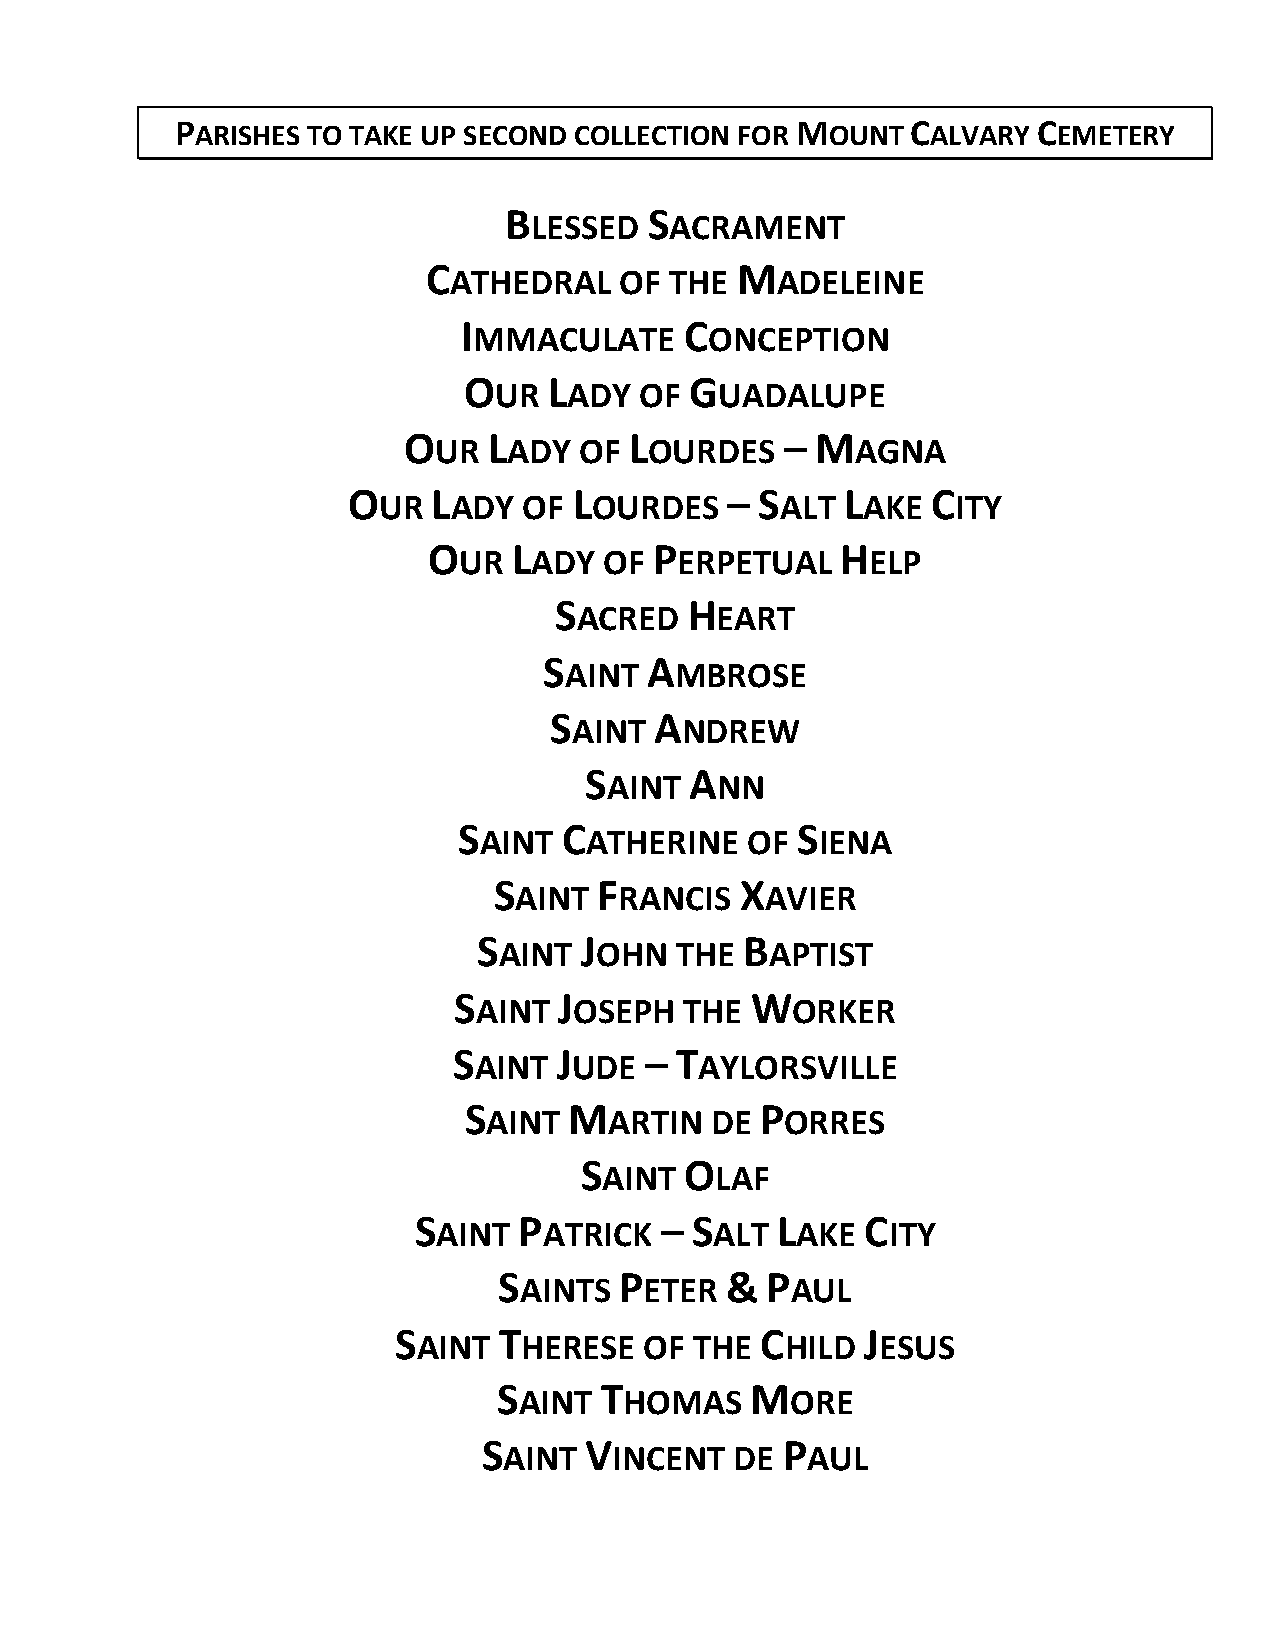
PARISHES TO TAKE UP SECOND COLLECTION FOR MOUNT CALVARY  CEMETERY
 B         S
 LESSED   ACRAMENT
 C                    M
 ATHEDRAL   OF THE    ADELEINE
 I             C
 MMACULATE       ONCEPTION
 O    L         G
 UR   ADY OF    UADALUPE
 O    L         L         – M
 UR   ADY OF   OURDES        AGNA
 O     L        L         – S     L     C
 UR   ADY  OF  OURDES       ALT  AKE   ITY
 O     L        P            H
 UR   ADY  OF   ERPETUAL     ELP
 S        H
 ACRED    EART
 S      A
 AINT    MBROSE
 S      A
 AINT   NDREW
 S      A
 AINT   NN
 S      C               S
 AINT   ATHERINE  OF   IENA
 S      F        X
 AINT   RANCIS    AVIER
 S     J          B
 AINT  OHN   THE   APTIST
 S      J            W
 AINT  OSEPH  THE    ORKER
 S      J     – T
 AINT   UDE     AYLORSVILLE
 S      M           P
 AINT    ARTIN  DE   ORRES
 S      O
 AINT   LAF
 S      P         – S    L     C
 AINT   ATRICK     ALT   AKE   ITY
 S       P      &  P
 AINTS    ETER     AUL
 S      T                C      J
 AINT   HERESE  OF THE   HILD  ESUS
 S      T         M
 AINT   HOMAS      ORE
 S      V            P
 AINT    INCENT  DE  AUL